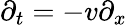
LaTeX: \partial_{t}=-v\partial_{x}